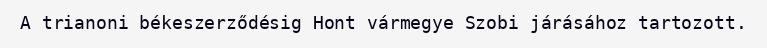
A trianoni békeszerződésig Hont vármegye Szobi járásához tartozott.